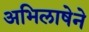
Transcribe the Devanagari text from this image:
अभिलाषेने